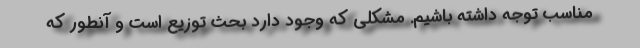
مناسب توجه داشته باشیم. مشکلی که وجود دارد بحث توزیع است و آنطور که